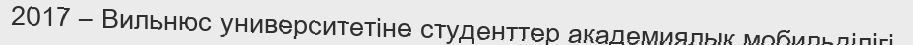
2017 – Вильнюс университетіне студенттер академиялық мобильділігі.